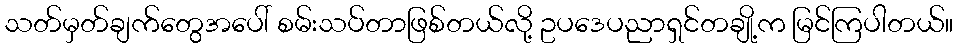
သတ်မှတ်ချက်တွေအပေါ် စမ်းသပ်တာဖြစ်တယ်လို့ ဥပဒေပညာရှင်တချို့က မြင်ကြပါတယ်။